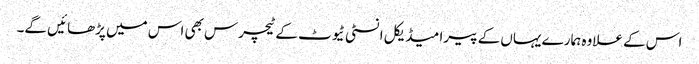
اس کے علاوہ ہمارے یہاں کے پیرا میڈیکل انسٹی ٹیوٹ کے ٹیچرس بھی اس میں پڑھائیں گے۔